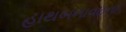
હાથબનાવટના